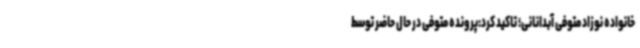
خانواده نوزاد متوفی آبدانانی؛ تاکید کرد:پرونده متوفی در حال حاضر توسط